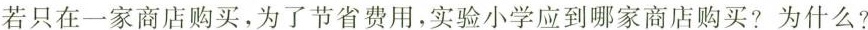
若只在一家商店购买，为了节省费用，实验小学应到哪家商店购买?为什么?